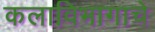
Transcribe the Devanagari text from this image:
कलाविभागाचे